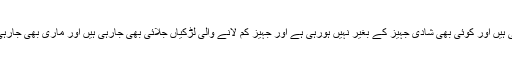
ملک میں نابالغوں کی شادیاں بھی ہورہی ہیں اور کوئی بھی شادی جہیز کے بغیر نہیں ہورہی ہے اور جہیز کم لانے والی لڑکیاں جلائی بھی جارہی ہیں اور ماری بھی جارہی ہیں اور حکومت تماشہ دیکھ رہی ہے۔